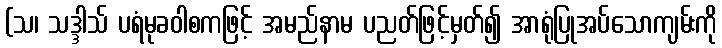
(သ၊ သဒ္ဒါသ် ပရံမုခဝါစကဖြင့် အမည်နာမ ပညတ်ဖြင့်မှတ်၍ အာရုံပြုအပ်သောကျမ်းကို